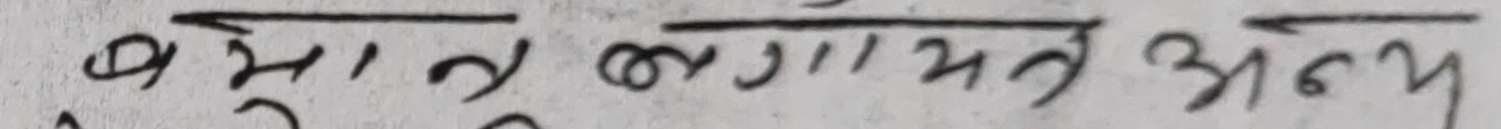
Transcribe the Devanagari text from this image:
बझाड लगायत अन्य